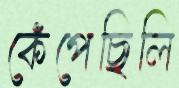
কেঁপেছিলি